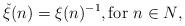
LaTeX: \begin{align*}\check{\xi}(n) = \xi(n)^{-1}, \textrm{for $n \in N$},\end{align*}